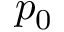
p _ { 0 }